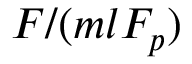
F / ( m l F _ { p } )